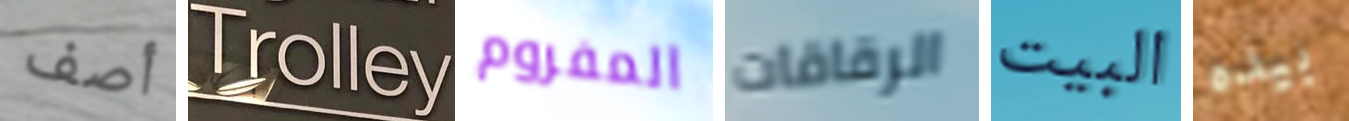
أصف Trolley المفروم الرقاقات البيت بيده